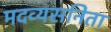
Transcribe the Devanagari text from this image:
मदव्यसनिता